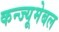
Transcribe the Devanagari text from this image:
कन्ज्यूमेबल